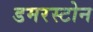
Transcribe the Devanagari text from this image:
डमरस्टोन